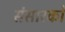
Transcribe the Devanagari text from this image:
संसारको